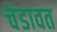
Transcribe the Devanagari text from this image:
चंडावत